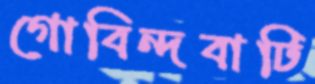
গোবিন্দবাটি